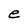
Character: e